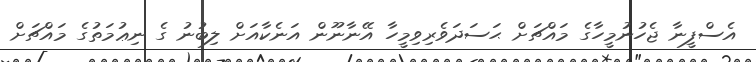
އެސްފީނާ ޖެހުނުމީހާގެ މައްޗަށް ޙަސަދަވެރިވިމީހާ އޭނާނޫން އަނެކާއަށް ލިބުނު ގެ ނިޢުުމަތުގެ މައްޗަށް